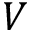
V